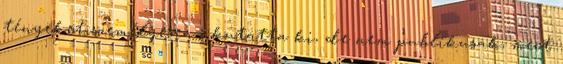
tényeket személyesen ő kutatta ki, de nem publikusak, mert